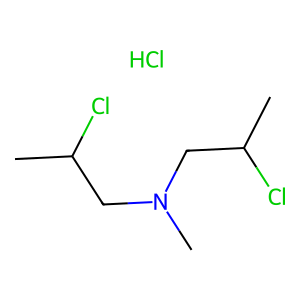
SMILES: CC(Cl)CN(C)CC(C)Cl.Cl
Inhibits HIV replication: No